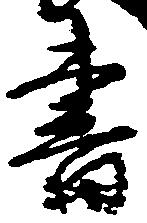
書